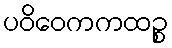
ပဝိဝေကကထဉ္စ